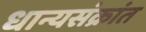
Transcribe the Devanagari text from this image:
धान्यसंक्रांत